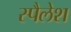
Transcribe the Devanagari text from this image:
स्पैलेश